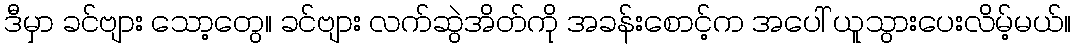
ဒီမှာ ခင်ဗျား သော့တွေ။ ခင်ဗျား လက်ဆွဲအိတ်ကို အခန်းစောင့်က အပေါ် ယူသွားပေးလိမ့်မယ်။